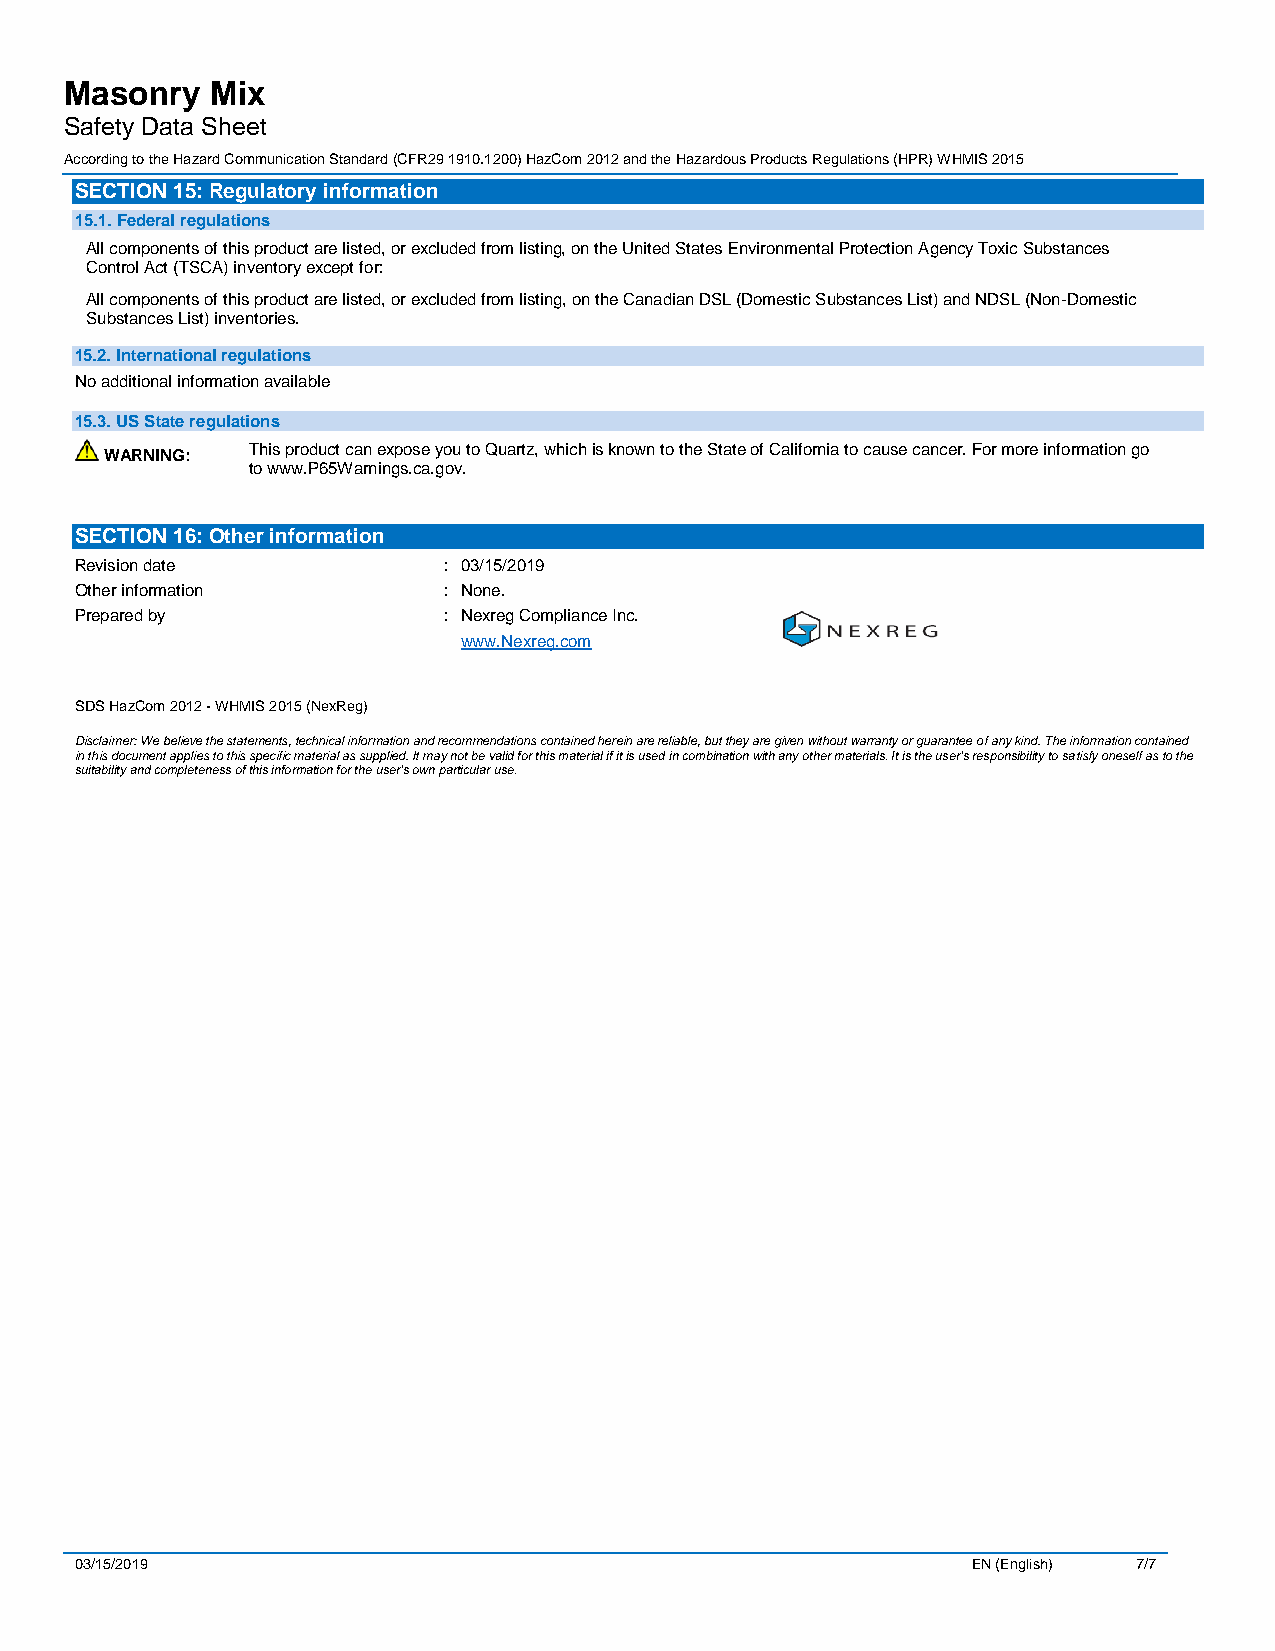
Masonry   Mix
 Safety Data Sheet
 According to the Hazard Communication Standard (CFR29 1910.1200) HazCom 2012 and the Hazardous Products Regulations (HPR) WHMIS 2015
 SECTION 15: Regulatory information
 15.1. Federal regulations
 All components of this product are listed, or excluded from listing, on the United States Environmental Protection Agency Toxic Substances
 Control Act (TSCA) inventory except for:
 All components of this product are listed, or excluded from listing, on the Canadian DSL (Domestic Substances List) and NDSL (Non-Domestic
 Substances List) inventories.
 15.2. International regulations
 No additional information available
 15.3. US State regulations
 WARNING: This product can expose you to Quartz, which is known to the State of California to cause cancer. For more information go
 to www.P65Warnings.ca.gov.
 SECTION 16: Other information
 Revision date           : 03/15/2019
 Other information       : None.
 Prepared by             : Nexreg Compliance Inc.
 www.Nexreg.com
 SDS HazCom 2012 - WHMIS 2015 (NexReg)
 Disclaimer: We believe the statements, technical information and recommendations contained herein are reliable, but they are given without warranty or guarantee of any kind. The information contained
 in this document applies to this specific material as supplied. It may not be valid for this material if it is used in combination with any other materials. It is the user’s responsibility to satisfy oneself as to the
 suitability and completeness of this information for the user’s own particular use.
 03/15/2019                                                 EN (English) 7/7